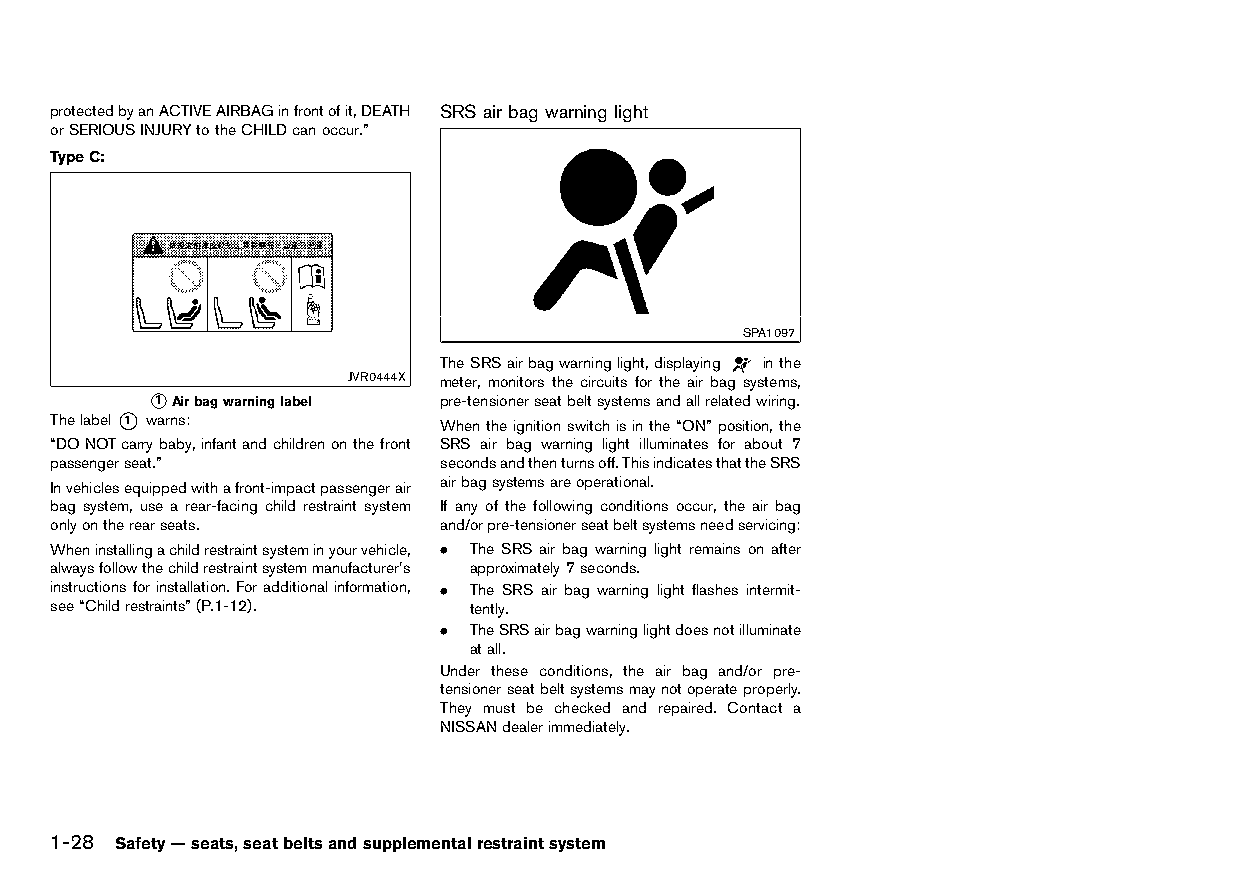
(54,1)
 protectedbyanACTIVEAIRBAGinfrontofit,DEATH SRS airbag warning light
 orSERIOUSINJURYtotheCHILDcanoccur.” HT32A1-971922A3-CFCF-4D59-9EA7-ED964CBD8FB6
 TypeC:
 HT32A1-22018305-9BAB-4201-B6FC-C08EB94AEAE0
 SPA1097
 TheSRSairbagwarninglight,displaying inthe
 JVR0444X meter, monitors the circuits for the air bag systems,
 *1 Airbagwarninglabel pre-tensionerseatbeltsystemsandallrelatedwiring.
 Thelabel*1 warns:         Whentheignitionswitchisinthe“ON”position,the
 “DONOTcarrybaby,infantandchildrenonthefront SRS air bag warning light illuminates for about 7
 passengerseat.”           secondsandthenturnsoff.ThisindicatesthattheSRS
 Invehiclesequippedwithafront-impactpassengerair airbagsystemsareoperational.
 bag system, use a rear-facing child restraint system If any of the following conditions occur, the air bag
 onlyontherearseats.       and/orpre-tensionerseatbeltsystemsneedservicing:
 Wheninstallingachildrestraintsysteminyourvehicle, . The SRS air bag warning light remains on after
 alwaysfollowthechildrestraintsystemmanufacturer’s approximately7seconds.
 instructions forinstallation. Foradditionalinformation, . The SRS air bag warning light flashes intermit-
 see“Childrestraints”(P.1-12). tently.
 . TheSRSairbagwarninglightdoesnotilluminate
 atall.
 Under these conditions, the air bag and/or pre-
 tensionerseatbeltsystemsmaynotoperateproperly.
 They must be checked and repaired. Contact a
 NISSANdealerimmediately.
 1-28 Safety—seats,seatbeltsandsupplementalrestraintsystem
 Condition:                        [Edit:2015/8/24 Model: HT32-A]